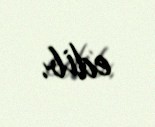
edib.